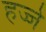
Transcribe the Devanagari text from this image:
हज्जे